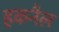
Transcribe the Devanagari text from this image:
हकनैल